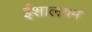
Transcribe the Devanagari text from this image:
ईशालयम